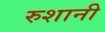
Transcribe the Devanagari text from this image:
रुशानी